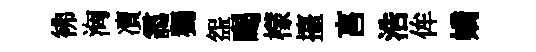
彿洶凟靄獨盌暍檬擡亯浩侔嬌